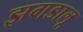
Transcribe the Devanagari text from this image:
झगडालू